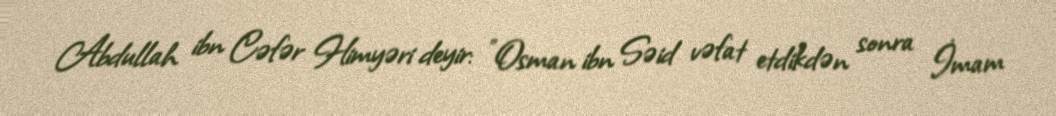
Abdullah ibn Cəfər Himyəri deyir: "Osman ibn Səid vəfat etdikdən sonra İmam